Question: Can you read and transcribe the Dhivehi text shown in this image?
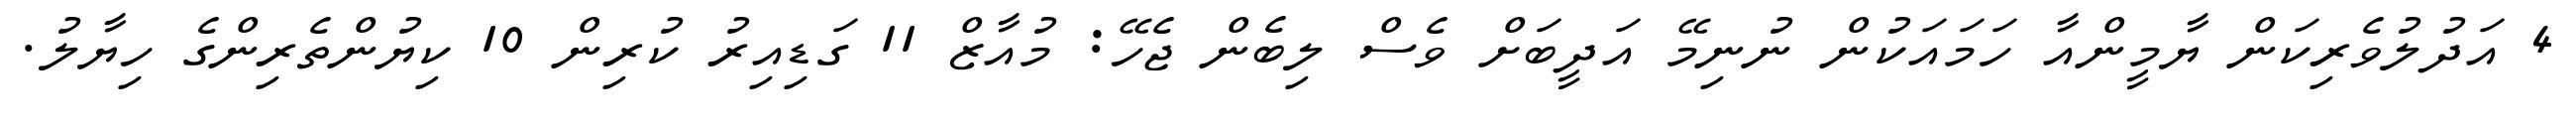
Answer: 4 އަދުލުވެރިކަން ޔާމީންއާ ހަމައަކުން ނުނިމޭ އަދީބަށް ވެސް ލިބެން ޖެހޭ: މުއާޒް 11 ގަޑިއިރު ކުރިން 10 ކިޔުންތެރިންގެ ހިޔާލު.